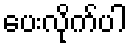
ပေးလိုက်ပါ